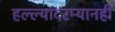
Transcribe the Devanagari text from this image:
हल्ल्यांदरम्यानही